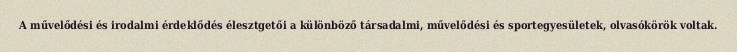
A művelődési és irodalmi érdeklődés élesztgetői a különböző társadalmi, művelődési és sportegyesületek, olvasókörök voltak.